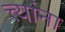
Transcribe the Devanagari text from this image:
त्त्यांना